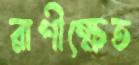
রাণীক্ষেত